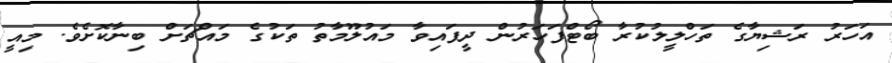
އަހަރު ރަޝިޔާގެ ތަހްލީލުކުރާ ބޯޓްފަހަރުން ދީފައިވާ މައުލޫމާތު ތަކުގެ މައްޗަށް ބިނާކޮށެވެ. މިއީ